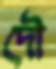
দৌ